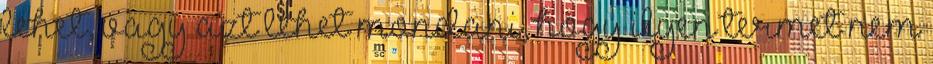
lehet, vagy azt lehet mondani, hogy ilyen termet nem